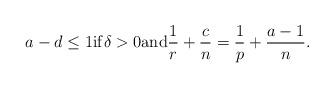
LaTeX: \begin{align*}a-d\leq 1 {\rm if} \delta>0 {\rm and} \frac{1}{r}+\frac{c}{n}=\frac{1}{p}+\frac{a-1}{n}.\end{align*}